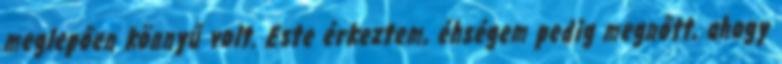
meglepően könnyű volt. Este érkeztem, éhségem pedig megnőtt, ahogy